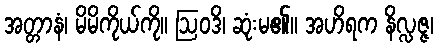
အတ္တာနံ၊ မိမိကိုယ်ကို။ ဩဝဒိ၊ ဆုံးမ၏။ အဟိရက နိလ္လဇ္ဇ၊